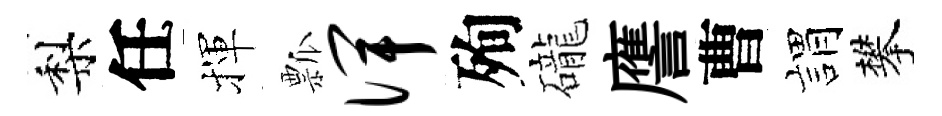
梨任揮瓢俾殉礲譍曹娟攀